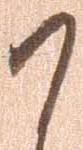
了